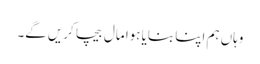
وہاں ہم اپنا بنایا ہوا مال بیچا کریں گے۔